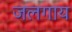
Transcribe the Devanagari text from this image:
जलगाय